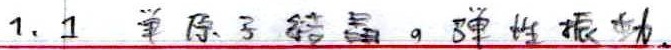
1.1 单原子结晶，弹性振动